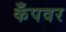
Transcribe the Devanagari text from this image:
कँपवर